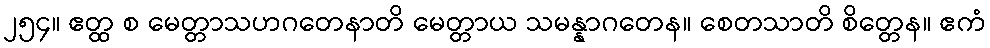
၂၅၄။ ဧတ္ထ စ မေတ္တာသဟဂတေနာတိ မေတ္တာယ သမန္နာဂတေန။ စေတသာတိ စိတ္တေန။ ဧကံ